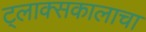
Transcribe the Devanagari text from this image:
ट्लाक्सकालाचा